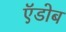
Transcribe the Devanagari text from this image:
ऍडोब